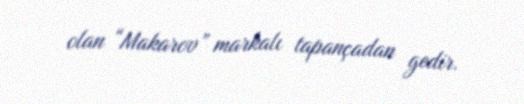
olan “Makarov” markalı tapançadan gedir.